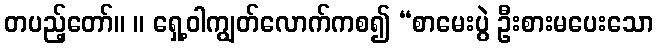
တပည့်တော်။ ။ ရှေ့ဝါကျွတ်လောက်ကစ၍ “စာမေးပွဲ ဦးစားမပေးသော